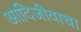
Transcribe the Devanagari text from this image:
आदिजीवाचा